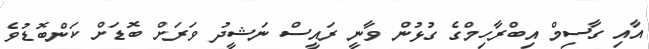
އާއި ގާސިމް އިބްރާހިމްގެ ގުޅުން ވާނީ ރައީސް ނަޝީދު ވަރަށް ބޮޑަށް ކަންބޮޑުވެ